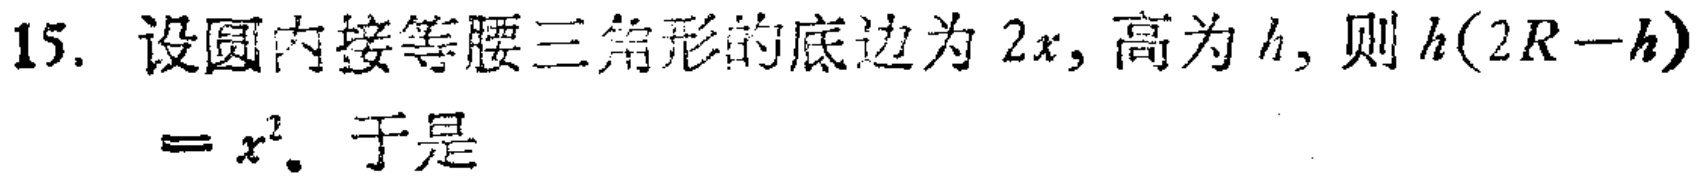
15. 设圆内接等腰三角形的底边为 \(2x\), 高为 \(h\), 则 \(h(2R - h)=x^{2}\). 于是